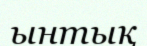
ынтық